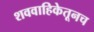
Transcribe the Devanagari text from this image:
शववाहिकेतूनच